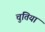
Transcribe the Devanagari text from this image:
चुतिया